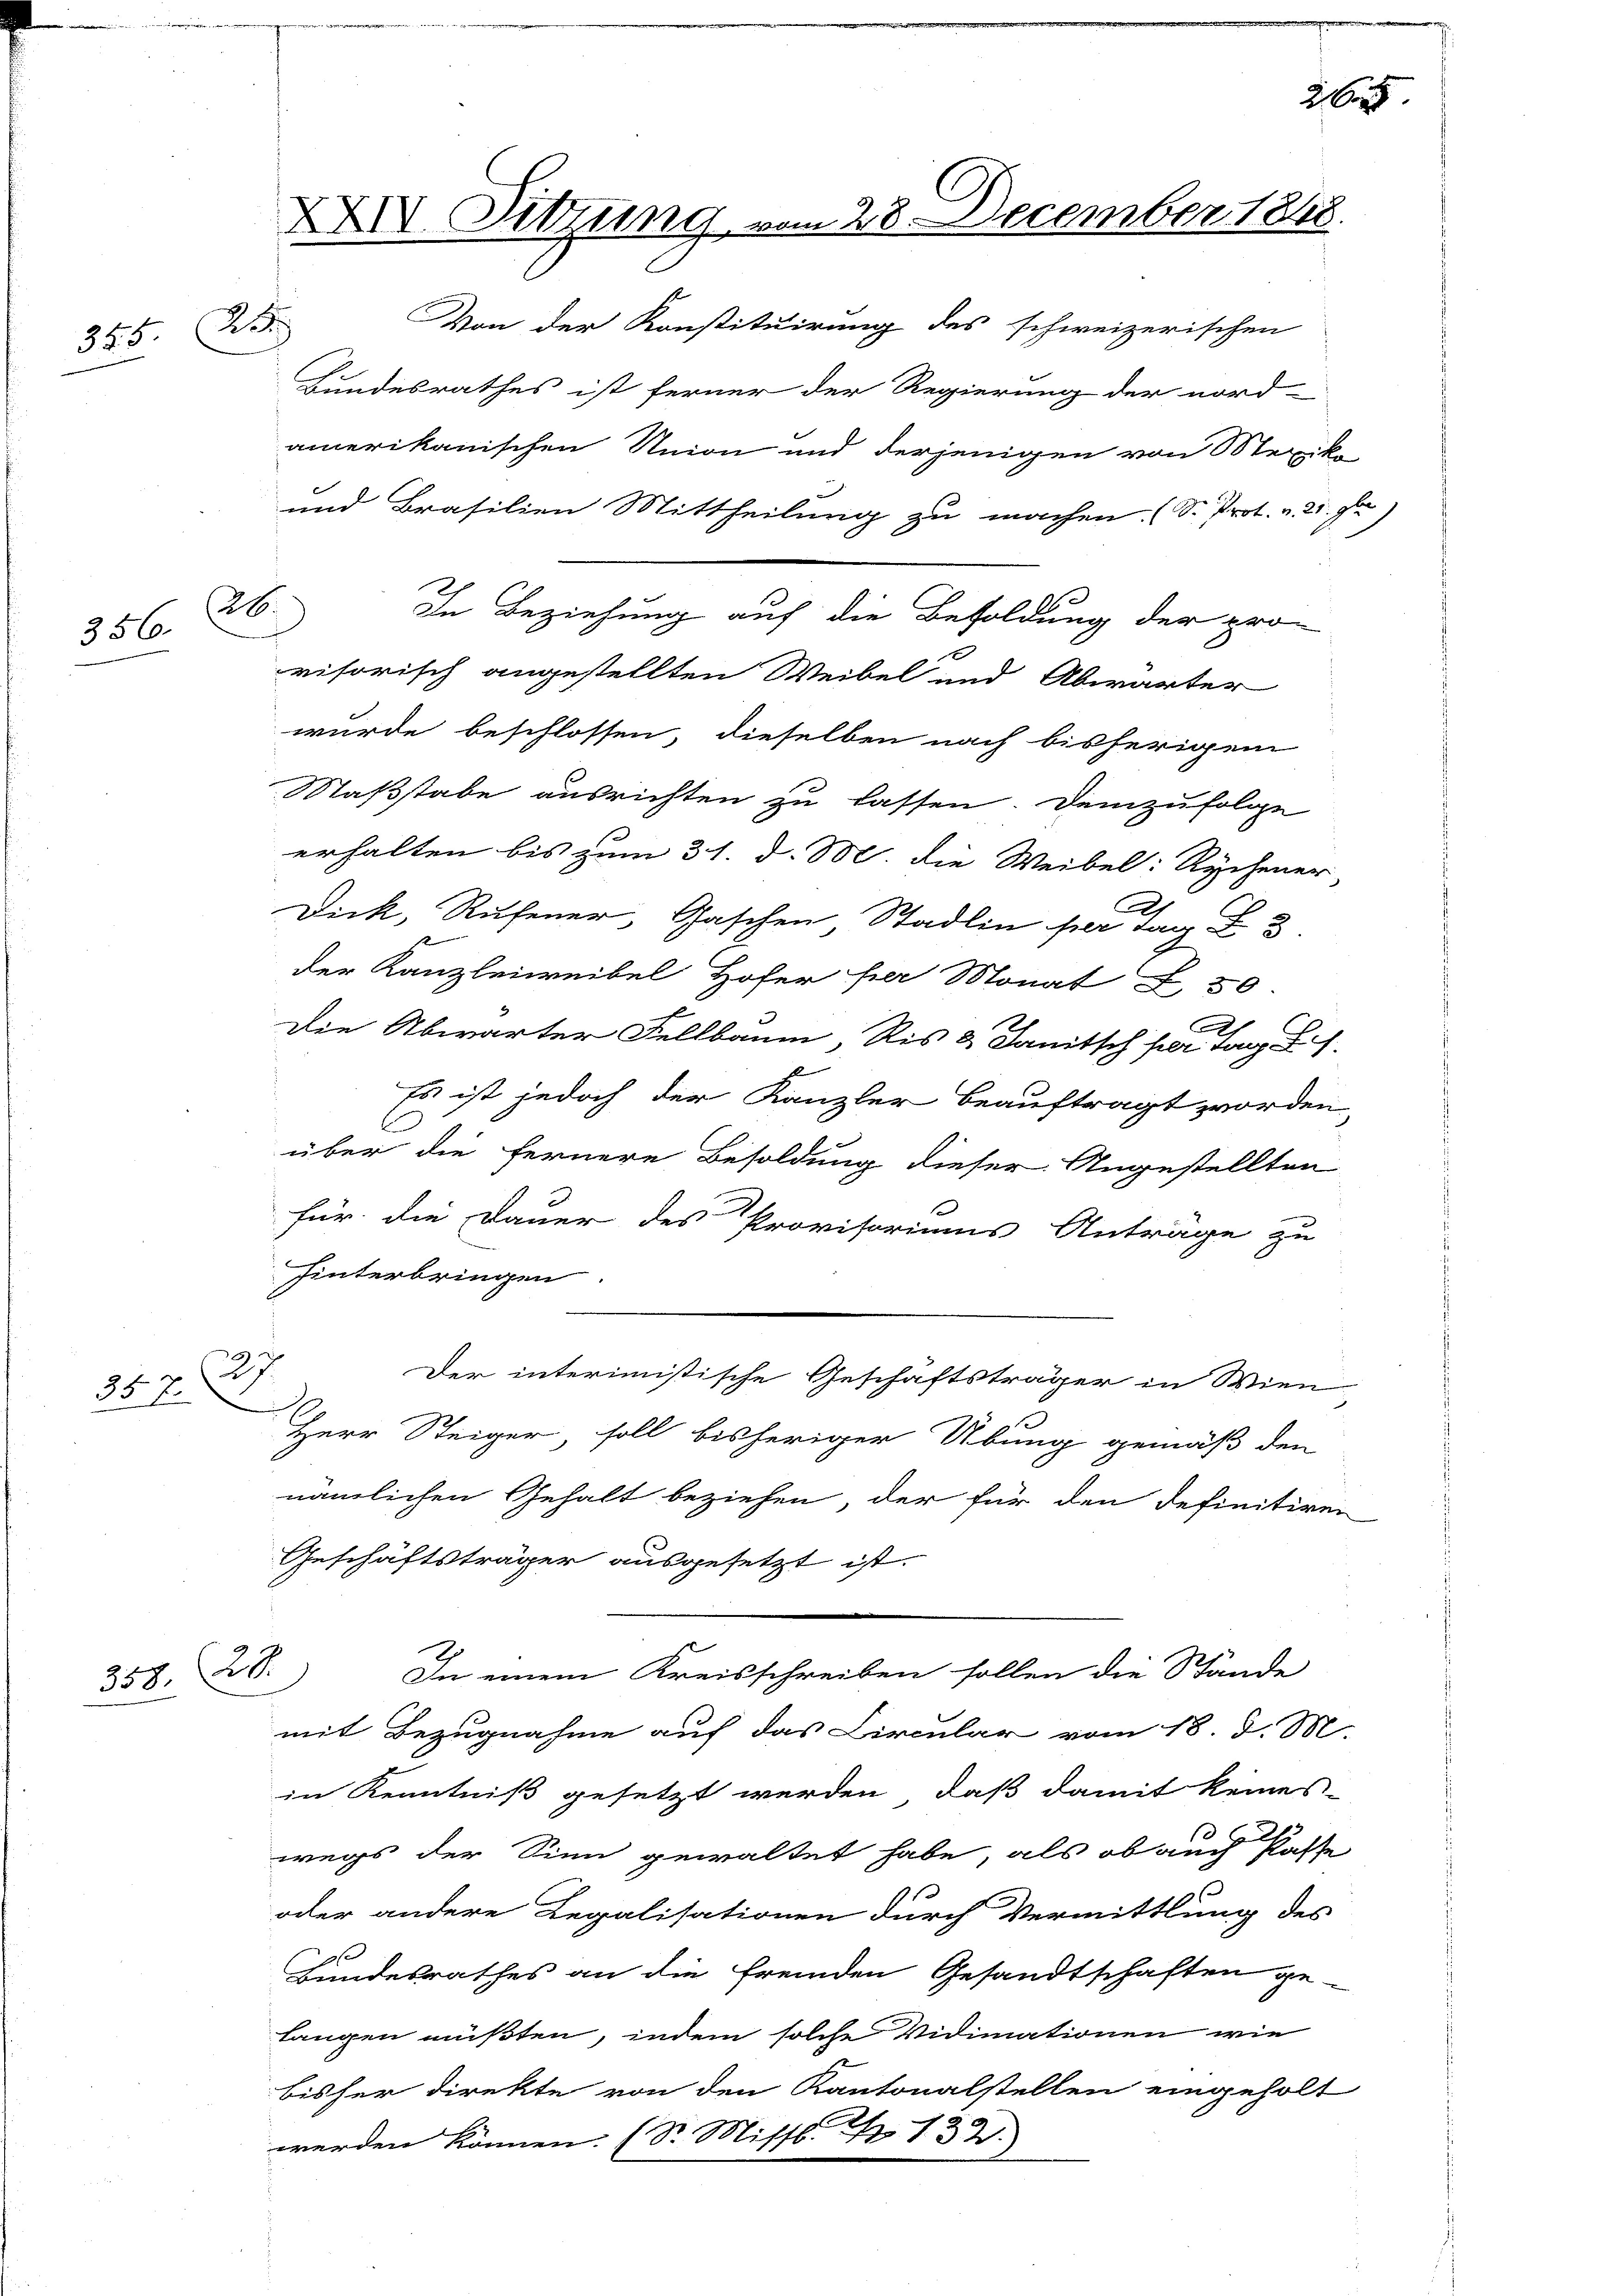
2

XXIV. Sitzung vom 28. December 1848.
Von der Konstituirung des schweizerischen

525 26

Bundesrathes ist ferner der Regierung der nord-
erhalten bis zum 31. d. M. die Weibel: Rychener,
Dick, Rufener, Gaschen Stadlin per tag 3.
der Kanzleiweibel Hofer per Monat Z. 50
Die Abwarter Fellbaum, bis 2 Janitsch sei u.
Es ist jedoch der Kanzler beauftragt worden,
C
über die fernere Besoldung dieser Angestellten
für die Dauer des Provisoriums Anträge zu
hinterbringen.
27
Der interimistische Geschäftsträger in Wien
.
Herr Steiger, soll bisheriger Übung gemäß den
nämlichen Gehalt beziehen, der für den definitiven
Geschäftsträger ausgesetzt ist.
In einem Kreisschreiben sollen die Stände
358. 28.
mit Bezugnahme auf das Circular vom 18. d. M.
in Kenntniß gesetzt werden, daß damit keines
2
13
wegs der Sinn gewaltet habe, als ob auch Paste
oder andere Legalisationen durch Vermittlung des
Bundesrathes an die fremden Gesandtschaften ge-
langen müßten, indem solche Vidimationen wie
bisher direkte von den Kantonalstellen eingeholt
werden können. (Dr. Missb. S. 132.

amerikanischen Union und derjenigen von Mexik
und Brasilien Mittheilung zu machen (S. Prot. v. 21. Fr

26.
356.

In Beziehung auf die Besoldung der pro-

visorisch angestellten Weibel und Abwarter
wurde beschlossen, dieselben nach bisherigem
Saßstabe ausrichten zu lassen. Demzufolge

2

x
33 f.

i